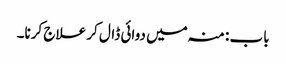
باب : منہ میں دوائی ڈال کر علاج کرنا۔